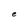
Character: e